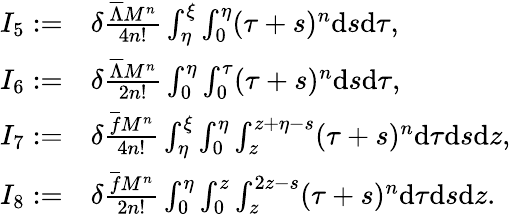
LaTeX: \begin{array}{rl}{I_{5}:=}&{\delta\frac{{{\overline{{\Lambda}}}}M^{n}}{4n!}\int_{\eta}^{\xi}\int_{0}^{\eta}(\tau+s)^{n}\mathrm{d}s\mathrm{d}\tau,}\\ {I_{6}:=}&{\delta\frac{{{\overline{{\Lambda}}}}M^{n}}{2n!}\int_{0}^{\eta}\int_{0}^{\tau}(\tau+s)^{n}\mathrm{d}s\mathrm{d}\tau,}\\ {I_{7}:=}&{\delta\frac{\overline{{f}}M^{n}}{4n!}\int_{\eta}^{\xi}\int_{0}^{\eta}\int_{z}^{z+\eta-s}(\tau+s)^{n}\mathrm{d}\tau\mathrm{d}s\mathrm{d}z,}\\ {I_{8}:=}&{\delta\frac{\overline{{f}}M^{n}}{2n!}\int_{0}^{\eta}\int_{0}^{z}\int_{z}^{2z-s}(\tau+s)^{n}\mathrm{d}\tau\mathrm{d}s\mathrm{d}z.}\end{array}